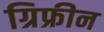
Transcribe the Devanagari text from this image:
ग्रिफ्रीन